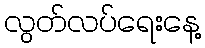
လွတ်လပ်ရေးနေ့